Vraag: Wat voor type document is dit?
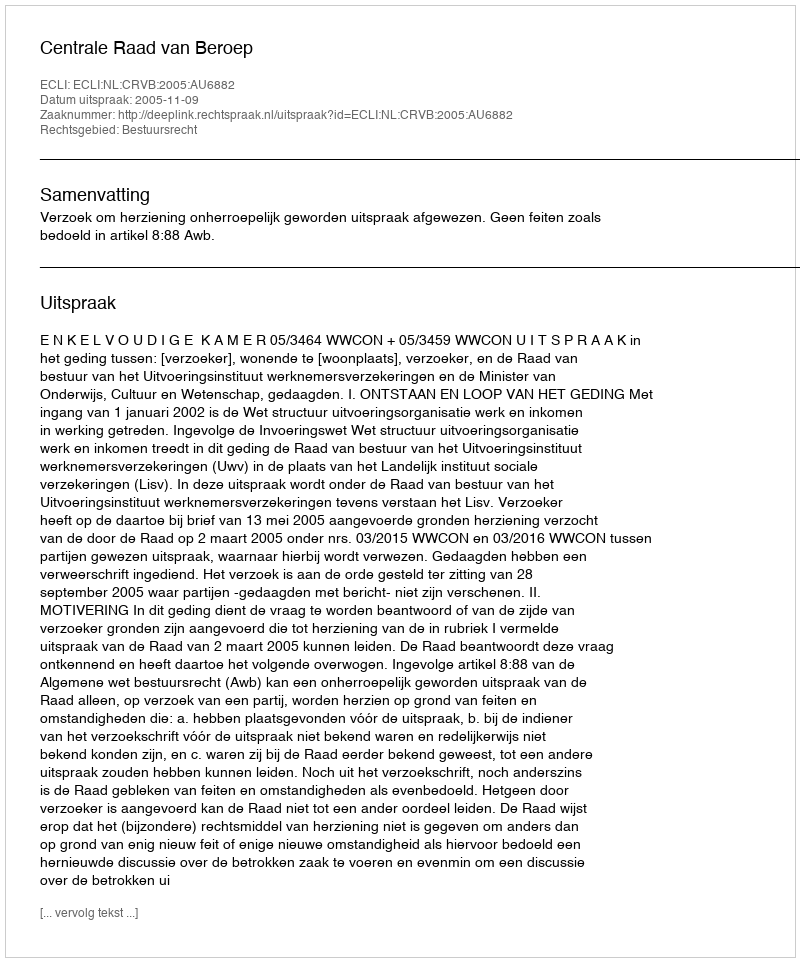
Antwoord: Uitspraak